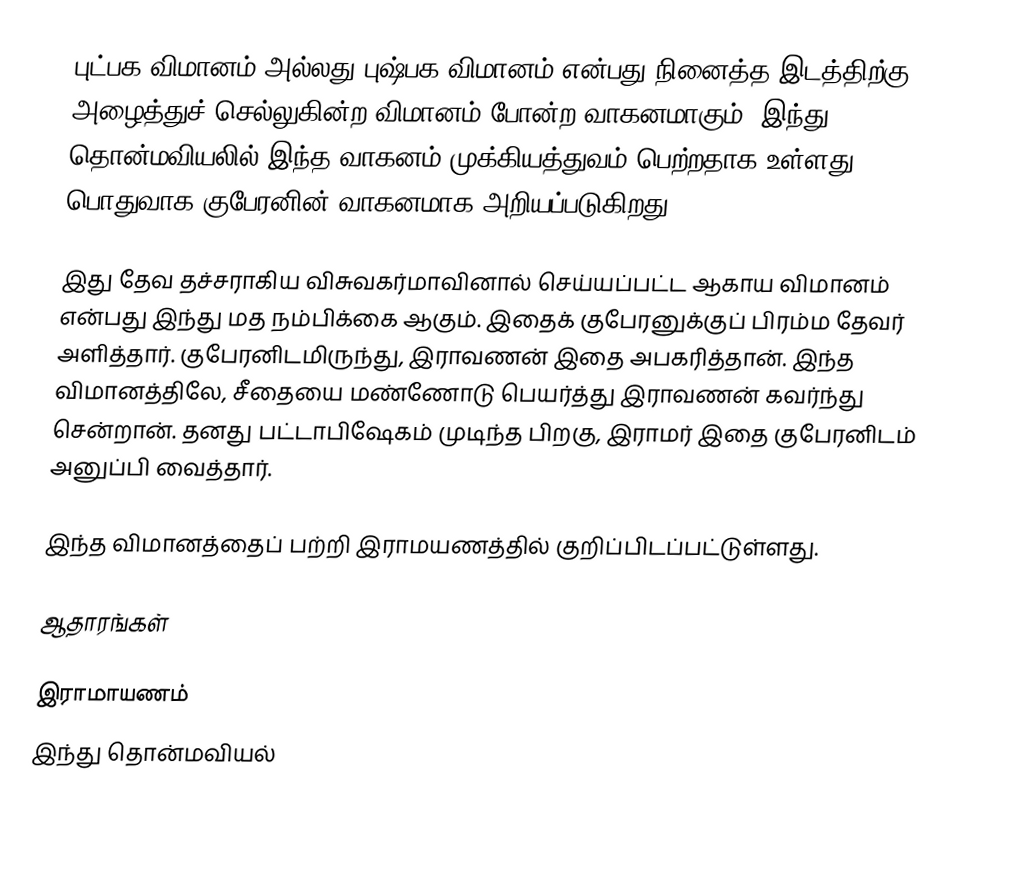
புட்பக விமானம் அல்லது புஷ்பக விமானம் என்பது நினைத்த இடத்திற்கு அழைத்துச் செல்லுகின்ற விமானம் போன்ற வாகனமாகும். இந்து தொன்மவியலில் இந்த வாகனம் முக்கியத்துவம் பெற்றதாக உள்ளது. பொதுவாக குபேரனின் வாகனமாக அறியப்படுகிறது.

இது தேவ தச்சராகிய விசுவகர்மாவினால் செய்யப்பட்ட ஆகாய விமானம் என்பது இந்து மத நம்பிக்கை ஆகும். இதைக் குபேரனுக்குப் பிரம்ம தேவர் அளித்தார். குபேரனிடமிருந்து, இராவணன் இதை அபகரித்தான். இந்த விமானத்திலே, சீதையை மண்ணோடு பெயர்த்து இராவணன் கவர்ந்து சென்றான். தனது பட்டாபிஷேகம் முடிந்த பிறகு, இராமர் இதை குபேரனிடம் அனுப்பி வைத்தார்.

இந்த விமானத்தைப் பற்றி இராமயணத்தில் குறிப்பிடப்பட்டுள்ளது.

ஆதாரங்கள்

இராமாயணம்
இந்து தொன்மவியல்